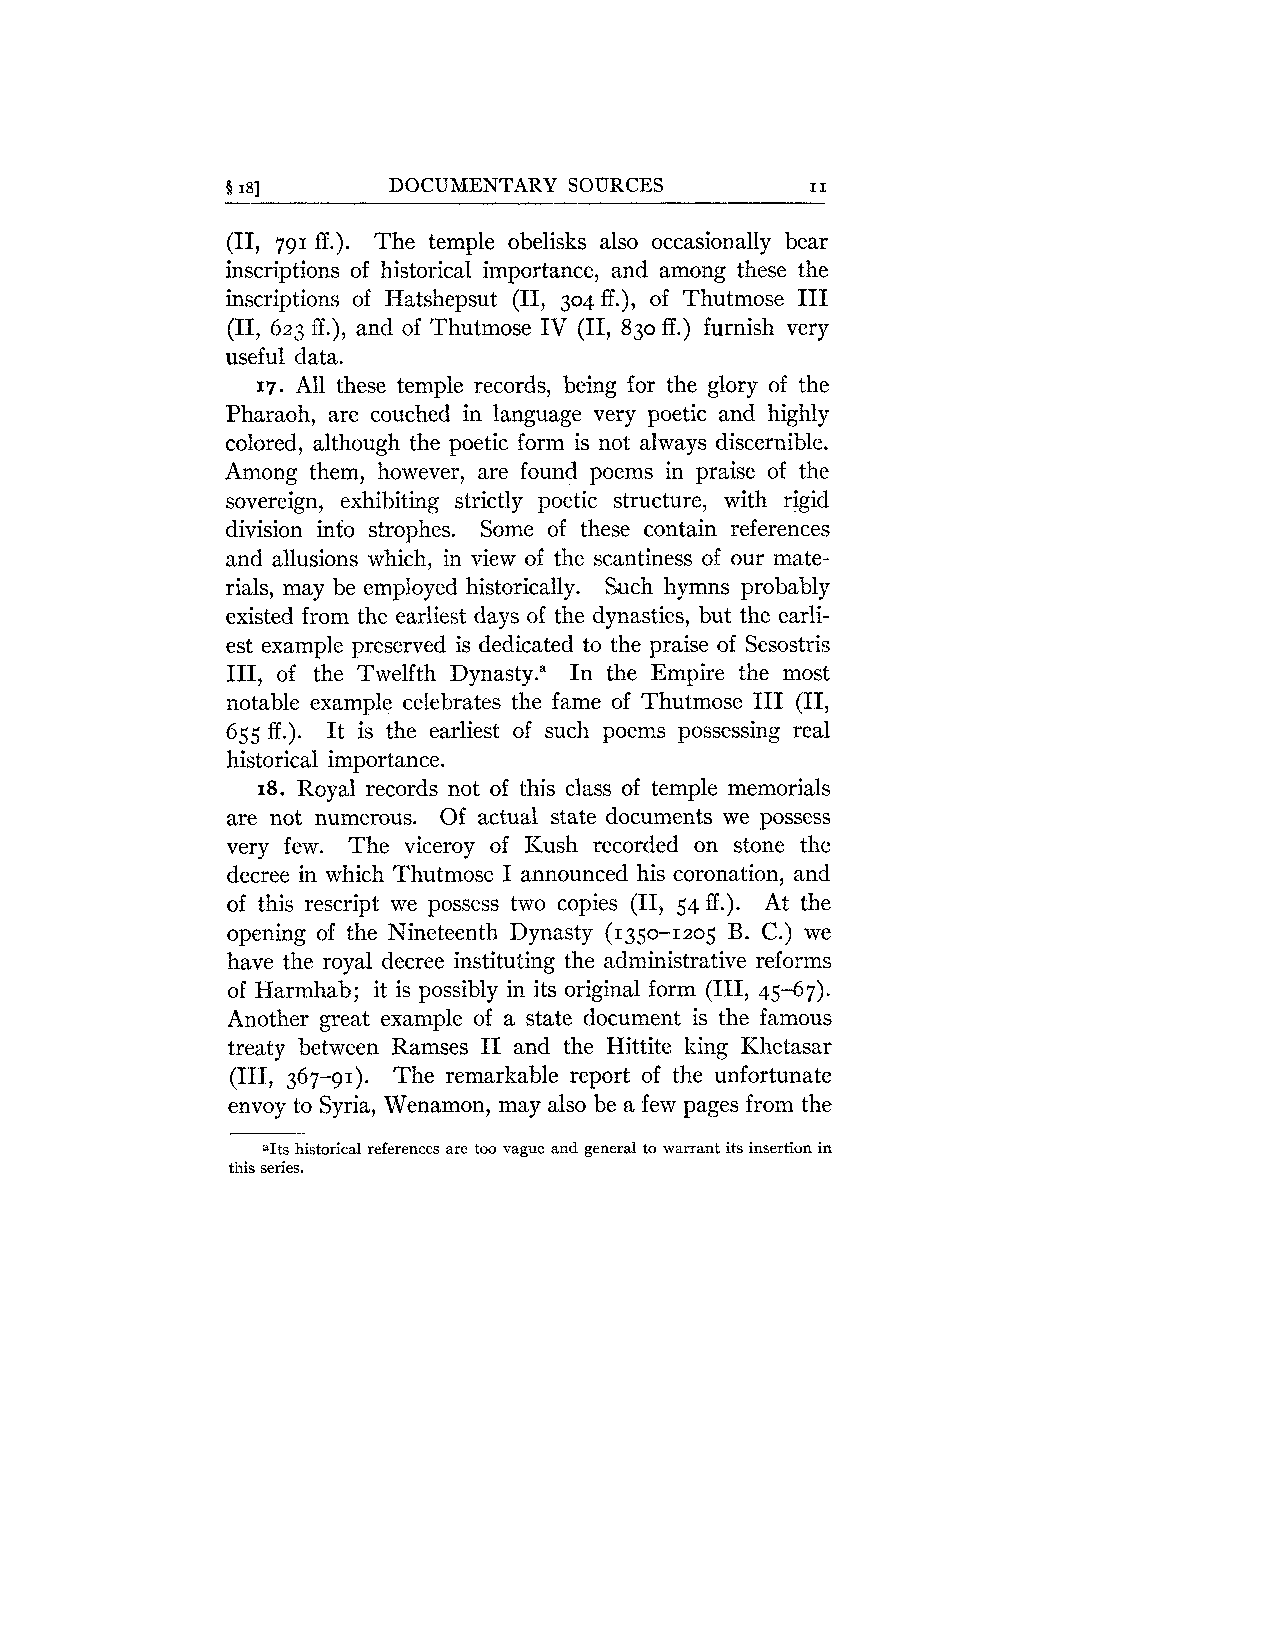
8 181      DOCUMENTARY SOURCES         11
 (11, 791 ff.). The temple obelisks also occasionally bear
 inscriptions of historical importance, and among these the
 inscriptions of Hatshepsut (11, 304 ff.), of Thutmose I11
 (11, 623 E.), and of Thutmose IV (11, 830 ff.) furnish very
 useful data.
 17. All these temple records, being for the glory of the
 Pharaoh, are couched in language very poetic and highly
 colored, although the poetic form is not always discernible.
 Among them, however, are found poems in praise of the
 sovereign, exhibiting strictly poetic structure, with rigid
 division into strophes. Some of these contain references
 and allusions which, in view of the scantiness of our mate-
 rials, may be employed historically. Such hymns probably
 existed from the earliest days of the dynasties, but the earli-
 est example preserved is dedicated to the praise of Sesostris
 111, of the Twelfth Dynasty." In the Empire the most
 notable example celebrates the fame of Thutmose I11 (11,
 655 ff.). It is the earliest of such poems possessing real
 historical importance.
 18. Royal records not of this class of temple memorials
 are not numerous. Of actual state documents we possess
 very few. The viceroy of Kush recorded on stone the
 decree in which Thutmose I announced his coronation, and
 of this rescript we possess two copies (11, 54 ff.). At the
 opening of the Nineteenth Dynasty (1350-1205 B. C.) we
 have the royal decree instituting the administrative reforms
 of Harmhab; it is possibly in its original form (111, 45-67).
 Another great example of a state document is the famous
 treaty between Ramses I1 and the Hittite king Khetasar
 (111, 367-91). The remarkable report of the unfortunate
 envoy to Syria, Wenamon, may also be a few pages from the
 aIts historical references are too vague and general to warrant its insertion in
 this series.